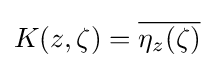
K(z,\zeta )={\overline {\eta _{z}(\zeta )}}